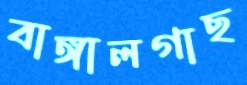
বাঙ্গালগাছ